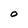
Character: O